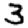
Digit: 3